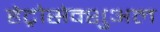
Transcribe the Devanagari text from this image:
हेट्रोसेक्शुअल